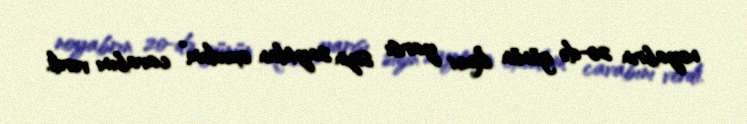
noyabrın 20-də günün ikinci yarısı sizin saytdan oxudum” cavabını verdi.